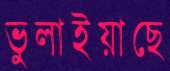
ভুলাইয়াছে